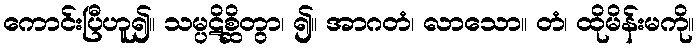
ကောင်းပြီဟူ၍။ သမ္ပဋိစ္ဆိတွာ၊ ၍။ အာဂတံ၊ လာသော။ တံ၊ ထိုမိန်းမကို။